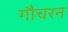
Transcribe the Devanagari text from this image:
गौचरन